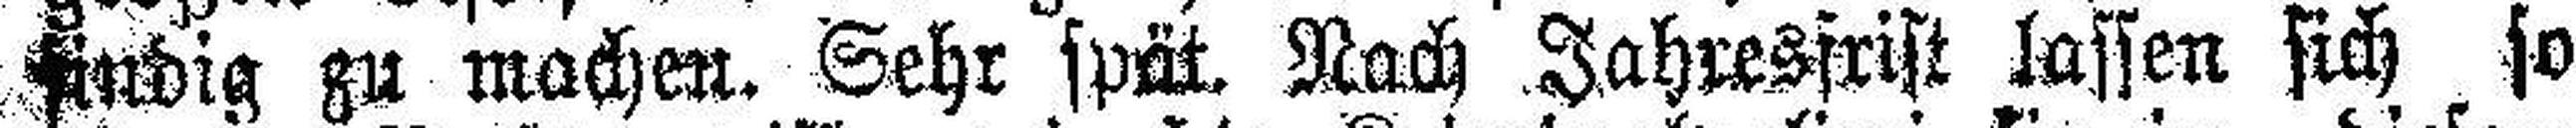
findig zu machen. Sehr spät. Nach Jahresfrist lassen sich so